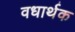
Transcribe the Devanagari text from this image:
वधार्थक